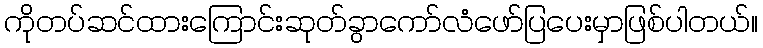
ကိုတပ်ဆင်ထားကြောင်းဆုတ်ခွာကော်လံဖော်ပြပေးမှာဖြစ်ပါတယ်။